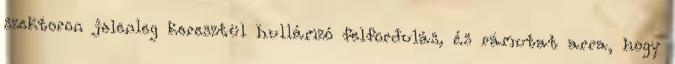
szektoron jelenleg keresztül hullámzó felfordulás, és rámutat arra, hogy